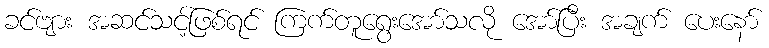
ခင်ဗျား အဆင်သင့်ဖြစ်ရင် ကြက်တူရွေးအော်သလို အော်ပြီး အချက် ပေးနော်